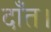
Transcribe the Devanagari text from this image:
दाँत।